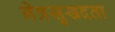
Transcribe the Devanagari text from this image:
नेत्रसुखदता